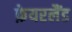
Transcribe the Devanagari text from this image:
फ़ेयरलैंड